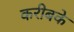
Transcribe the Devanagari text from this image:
करीबके